Annual vaccination report of Bihar and Orissa - 1911-1928
Year: 1911
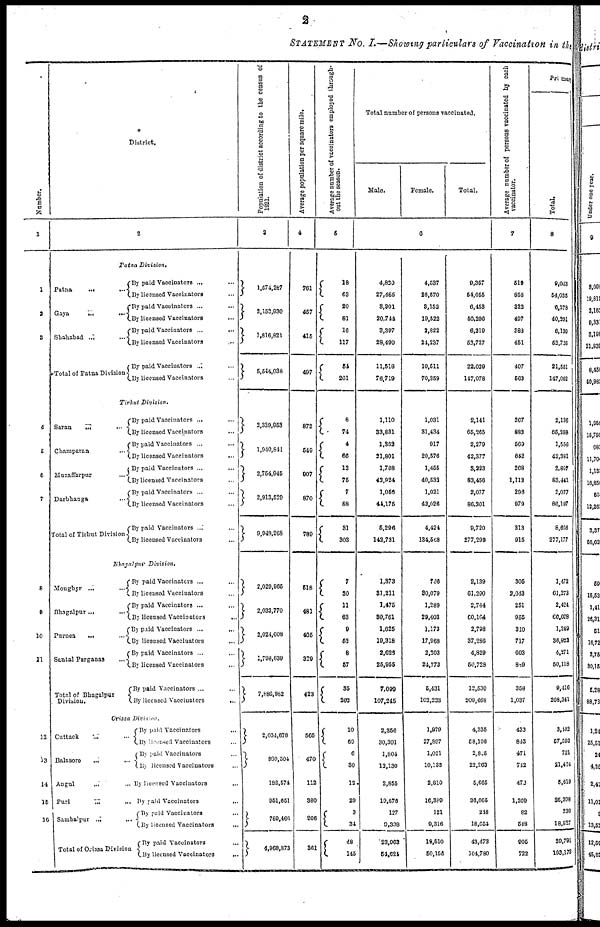
2
STATEMENT No. I.—Showing particulars of Vaccination in the
Number.
1
1
2
3
4
5
6
7
8
9
10
11
12
13
14
15
16
District.
2
Patna Division.
Patna.
...
...
Gaya
...
...
Shahabad
...
...
Total of Patna Division
By paid Vaccinators ... ...
By licensed Vaccinators ...
By paid Vaccinators ... ...
By licensed Vaccinators
...
By paid Vaccinators ... ...
By licensed Vaccinators ...
By paid Vaccinators ... ...
By licensed Vaccinators ...
Tirhut Division.
Saran
...
...
Champaran
...
Muzaffarpur
...
Darbhanga
...
Total of Tirhut Division
By paid Vaccinators ...
By licensed Vaccinators ...
By paid Vaccinators ... ...
By licensed Vaccinators
...
By paid Vaccinators ... ...
By licensed Vaccinators ...
By paid Vaccinators ... ...
By licensed Vaccinators ...
By paid Vaccinators ... ...
By licensed Vaccinators ...
Bhagalpur Division.
Monghyr ...
...
Bhagalpur... ...
Purnea
...
...
Santal Parganas
...
Total of Bhagalpur
Division.
By paid Vaccinators ... ...
By licensed Vaccinators ...
By paid Vaccinators ... ...
By licensed Vaccinators ...
By paid Vaccinators ...
...
By licensed Vaccinators ...
By paid Vaccinators ...
By licensed Vaccinators ...
By paid Vaccinators ... ...
By licensed Vaccinators
...
Orissa Division.
Cuttack
... ...
Balasore
... ...
Angul
...
...
Puri ... ...
Sambalpur ...
...
Total of Orissa Division
By paid Vaccinators ...
By licensed Vaccinators ...
By paid Vaccinators ...
licensed Vaccinators ...
By licensed Vaccinators ...
By paid Vaccinators
...
By paid Vaccinators ...
By licensed Vaccinators
...
By paid Vaccinators
...
By licensed Vaccinators
...
Population of district according to the census of
1821.
3
1,574,287
2,152,930
1,816,821
5,544,038
2,339,953
1,940,841
2,754,945
2,913,529
9,949,268
2,029,965
2,033,770
2,024,608
1,798,639
7,886,982
2,034,678
980,504
182,574
951,651
789,466
4,968,873
Average population per square mile.
4
761
457
415
497
872
549
907
870
789
518
481
405
329
423
565
470
112
380
206
361
Average number of vaccinators employed through-
out the season.
5
18
63
20
81
16
117
54
261
8
74
4
66
12
75
7
88
31
303
7
30
11
63
9
52
8
57
35
202
10
69
6
30
12
29
3
34
48
145
Total number of persons vaccinated.
Male.
Female.
Total.
6
4,820
27,485
3,901
20,744
3,397
28,490
11,518
76,719
1,110
33,831
1,362
21,801
1,768
42,924
1,056
44,175
5,296
142,731
1,373
31,211
1,475
30,761
1,625
10,318
2,626
25,955
7,099
107,245
2,356
30,301
1,804
12,130
2,855
19,676
127
9,338
23,963
54,624
4,537
26,570
3,152
10,522
2,822
24,237
10,511
70,359
1,031
31,434
917
20,576
1,455
40,532
1,021
42,026
4,424
134,568
766
30,079
1,289
29,403
1,173
17,968
2,203
24,773
5,431
103,223
1,979
27,897
1,021
10,135
2,810
16,389
121
9,316
19,510
50,156
9,357
54,055
6,453
40,296
6,219
53,727
22,029
147,078
2,141
65,265
2,279
42,377
3,223
83,456
2,077
86,201
9,720
277,299
2,139
61,290
2,764
60,164
2,798
37,286
4,829
50,728
12,530
209,468
4,335
58,198
2,825
22,263
5,665
36,065
248
18,654
43,473
104,780
Average number of persons vaccinated by each
vaccinator.
7
519
858
322
497
388
451
407
563
267
893
569
642
268
1,112
296
979
313
915
305
2,043
251
955
310
717
603
889
358
1,037
433
843
471
742
472
1,209
82
548
905
722
Primary
Total.
8
9,043
54,035
6,378
40,291
6,130
52,726
21,551
147,052
2,136
65,258
1,556
42,281
2,867
83,441
2,077
80,197
8,666
277,177
1,472
61,273
2,424
60,028
1,249
36,922
4,271
50,118
9,416
208,341
3,442
57,593
721
21,424
5,619
35,398
230
18,527
39,791
103,173